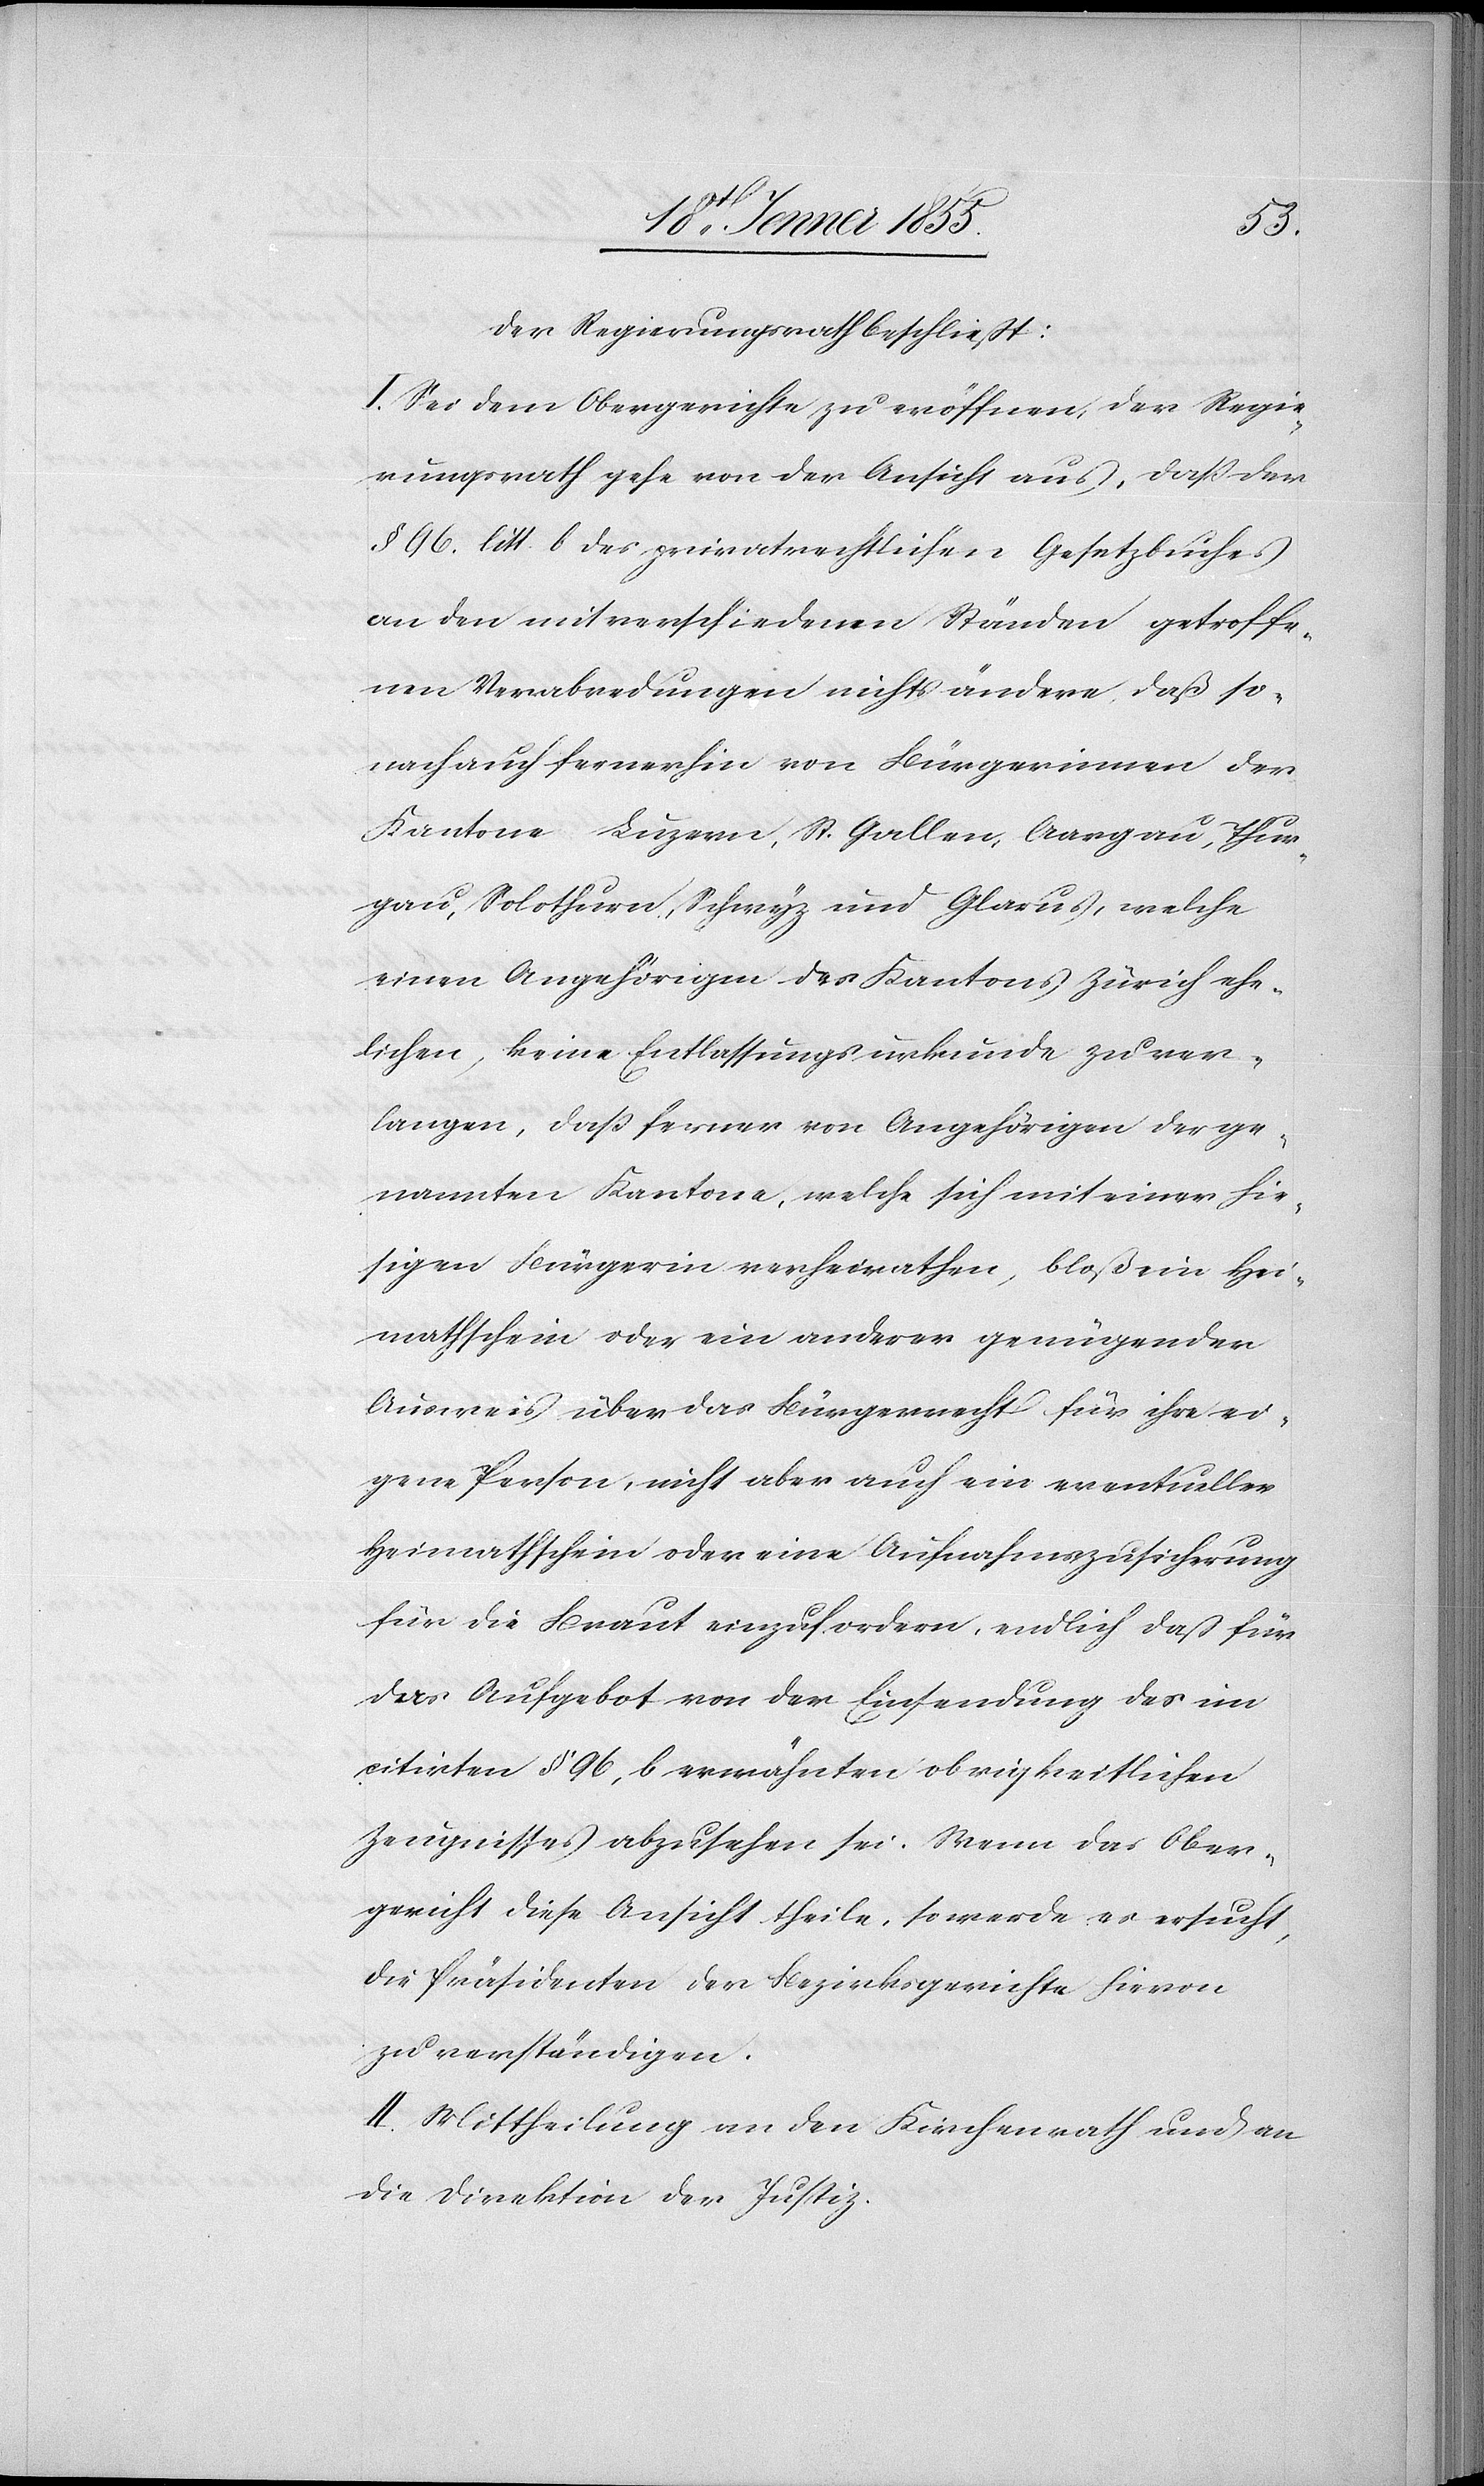
Der Regierungsrath beschliesst:
I. Sei dem Obergerichte zu eröffnen, der Regie¬
rungsrath gehe von der Ansicht aus, daß der
§ 96. litt. b des privatrechtlichen Gesetzbuches
an den mit verschiedenen Ständen getroffe¬
nen Verabredungen nichts ändere, daß so¬
nach auch fernerhin von Bürgerinnen der
Kantone Luzern, St. Gallen, Aargau, Thur¬
gau, Solothurn, Schwyz und Glarus, welche
einen Angehörigen des Kantons Zürich ehe¬
lichen, keine Entlassungsurkunde zu ver¬
langen, daß ferner von Angehörigen der ge¬
nannten Kantone, welche sich mit einer hie¬
sigen Bürgerin verheirathen, bloß ein Hei¬
mathschein oder ein anderer genügender
Ausweis über das Bürgerrecht für ihre ei¬
gene Person, nicht aber auch ein eventueller
Heimathschein oder eine Aufnahmszusicherung
für die Braut einzufordern, endlich dass für
das Aufgebot von der Einsendung des im
citirten § 96, b erwähnten obrigkeitlichen
Zeugnisses abzusehen sei. Wenn das Ober¬
gericht diese Ansicht theile, so werde es ersucht,
die Präsidenten der Bezirksgerichte hievon
zu verständigen.
II. Mittheilung an den Kirchenrath und an
die Direktion der Justiz.